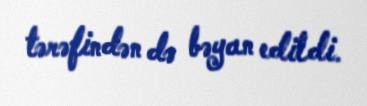
tərəfindən də bəyan edildi.